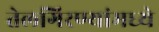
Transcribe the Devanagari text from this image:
तेलगिरण्यांमध्ये